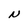
Character: N